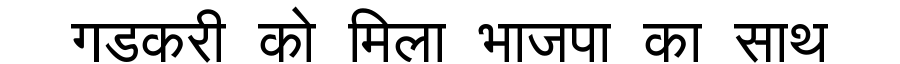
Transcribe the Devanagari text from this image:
गडकरी को मिला भाजपा का साथ